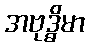
အဗုဒ္ဓိမာ